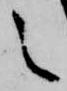
之